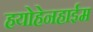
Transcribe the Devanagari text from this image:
हयोहेनहाईम